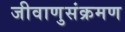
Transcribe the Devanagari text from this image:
जीवाणुसंक्रमण